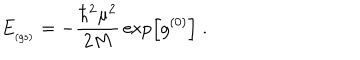
LaTeX: E _ { _ \mathrm { ( g s ) } } = - \frac { \hbar ^ { 2 } \mu ^ { 2 } } { 2 M } \, \exp \left[ g ^ { ( 0 ) } \right] \; .